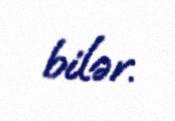
bilər.